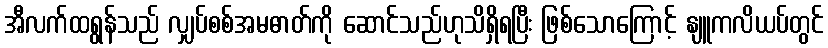
အီလက်ထရွန်သည် လျှပ်စစ်အမဓာတ်ကို ဆောင်သည်ဟုသိရှိရပြီး ဖြစ်သောကြောင့် နျူကလိယပ်တွင်